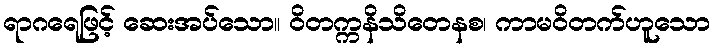
ရာဂရေဖြင့် ဆေးအပ်သော။ ဝိတက္ကနိသိတေနစ၊ ကာမဝိတက်ဟူသော